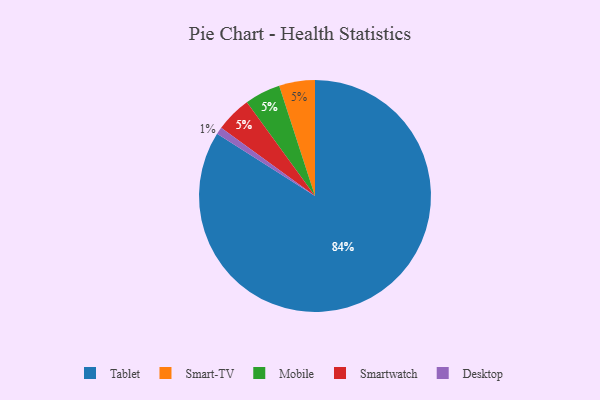
{"axis": {"x": "Category", "y": "Percentage"}, "legend": ["Desktop", "Mobile", "Smart-TV", "Smartwatch", "Tablet"], "data": [{"x": "Smart-TV", "y": 5, "type": "Smart-TV"}, {"x": "Tablet", "y": 84, "type": "Tablet"}, {"x": "Desktop", "y": 1, "type": "Desktop"}, {"x": "Mobile", "y": 5, "type": "Mobile"}, {"x": "Smartwatch", "y": 5, "type": "Smartwatch"}]}